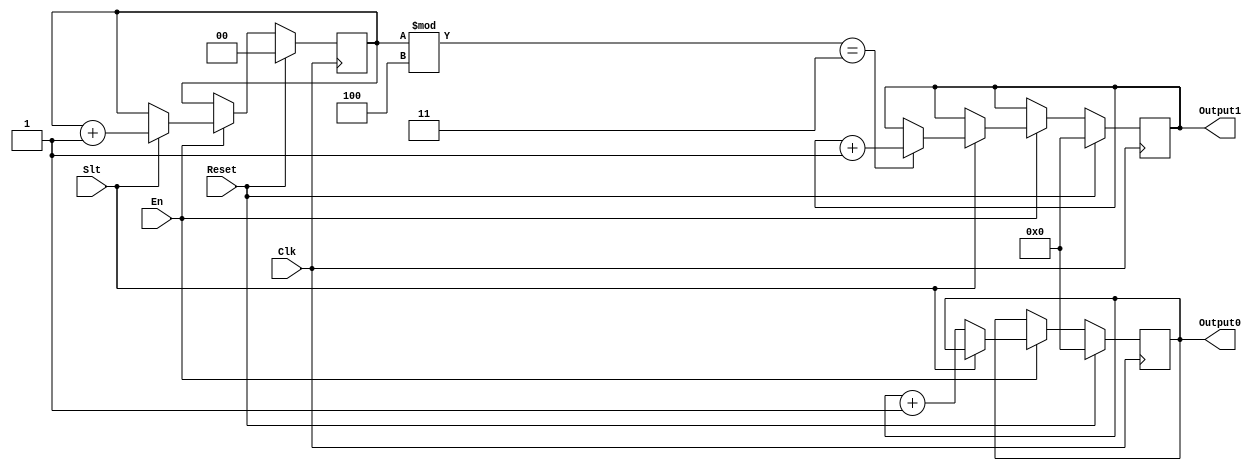
`timescale 1ns / 1ps
//////////////////////////////////////////////////////////////////////////////////
// Company: 
// Engineer: 
// 
// Design Name: 
// Module Name:    code 
// Project Name: 
// Target Devices: 
// Tool versions: 
// Description: 
//
// Dependencies: 
//
// Revision: 
// Revision 0.01 - File Created
// Additional Comments: 
//
//////////////////////////////////////////////////////////////////////////////////
module code(
    input En,
    input Clk,
    input Slt,
    input Reset,
    output reg[63:0] Output0,
    output reg[63:0] Output1
    );
reg [1:0] tmp;
initial begin
	Output0 <= 64'b0;
	Output1 <= 64'b0;
	tmp <= 2'b0;
end
always @(posedge Clk) begin
	if (Reset == 1) begin
		Output0 <= 64'b0;
		Output1 <= 64'b0;
		tmp <= 2'b0;
	end 
	else if (En == 1) begin
		if(Slt == 0)
			Output0 <= Output0 + 1;
		else begin
			tmp <= tmp +1;
			if (tmp % 4 ==3) 
				Output1 <= Output1 +1;
			else
				Output1 <= Output1;
		end
	end 
	else begin
	end
end
endmodule